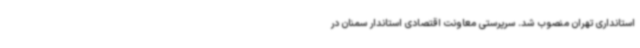
استانداری تهران منصوب شد. سرپرستی معاونت اقتصادی استاندار سمنان در